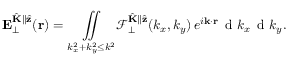
\mathbf { E } _ { \perp } ^ { \hat { \mathbf { K } } \parallel \hat { \mathbf { z } } } ( \mathbf { r } ) = \underset { k _ { x } ^ { 2 } + k _ { y } ^ { 2 } \leq k ^ { 2 } } { \iint } \mathcal { F } _ { \perp } ^ { \hat { \mathbf { K } } \parallel \hat { \mathbf { z } } } ( k _ { x } , k _ { y } ) \, e ^ { i \mathbf { k } \cdot \mathbf { r } } \, \mathrm { ~ d ~ } k _ { x } \, \mathrm { ~ d ~ } k _ { y } .